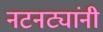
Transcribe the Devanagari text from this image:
नटनट्यांनी